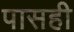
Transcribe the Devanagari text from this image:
पासही